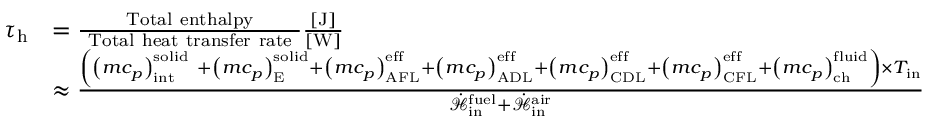
\begin{array} { r l } { \tau _ { \mathrm { h } } } & { = \frac { \mathrm { ~ T o t a l ~ e n t h a l p y ~ } } { \mathrm { ~ T o t a l ~ h e a t ~ t r a n s f e r ~ r a t e ~ } } \frac { [ \mathrm { J } ] } { [ \mathrm { W } ] } } \\ & { \approx \frac { \left( \left( m c _ { p } \right) _ { \mathrm { { i n t } } } ^ { \mathrm { s o l i d ~ } } + \left( m c _ { p } \right) _ { \mathrm { { E } } } ^ { \mathrm { { s o l i d } } } + \left( m c _ { p } \right) _ { \mathrm { A F L } } ^ { \mathrm { { e f f } } } + \left( m c _ { p } \right) _ { \mathrm { A D L } } ^ { \mathrm { { e f f } } } + \left( m c _ { p } \right) _ { \mathrm { C D L } } ^ { \mathrm { { e f f } } } + \left( m c _ { p } \right) _ { \mathrm { C F L } } ^ { \mathrm { { e f f } } } + \left( m c _ { p } \right) _ { \mathrm { c h } } ^ { \mathrm { { f l u i d } } } \right) \times T _ { \mathrm { i n } } } { \dot { \mathcal { H } } _ { \mathrm { i n } } ^ { \mathrm { f u e l } } + \dot { \mathcal { H } } _ { \mathrm { { i n } } } ^ { \mathrm { a i r } } } } \end{array}